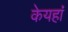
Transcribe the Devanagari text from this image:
केयहां